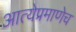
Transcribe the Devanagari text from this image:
आत्येप्रमाणेच